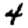
Digit: 4